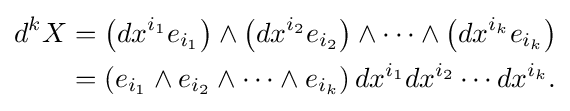
{\begin{aligned}d^{k}X&=\left(dx^{i_{1}}e_{i_{1}}\right)\wedge \left(dx^{i_{2}}e_{i_{2}}\right)\wedge \cdots \wedge \left(dx^{i_{k}}e_{i_{k}}\right)\\&=\left(e_{i_{1}}\wedge e_{i_{2}}\wedge \cdots \wedge e_{i_{k}}\right)dx^{i_{1}}dx^{i_{2}}\cdots dx^{i_{k}}.\end{aligned}}